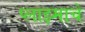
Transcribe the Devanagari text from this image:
प्लाझ्माचे